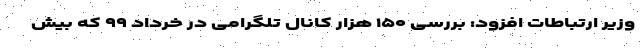
وزیر ارتباطات افزود: بررسی ۱۵۰ هزار کانال تلگرامی در خرداد ۹۹ که بیش